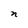
Character: n